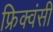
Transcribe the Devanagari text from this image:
फ्रिक्वंसी